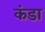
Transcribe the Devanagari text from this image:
कंडा